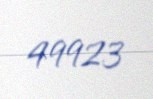
49923